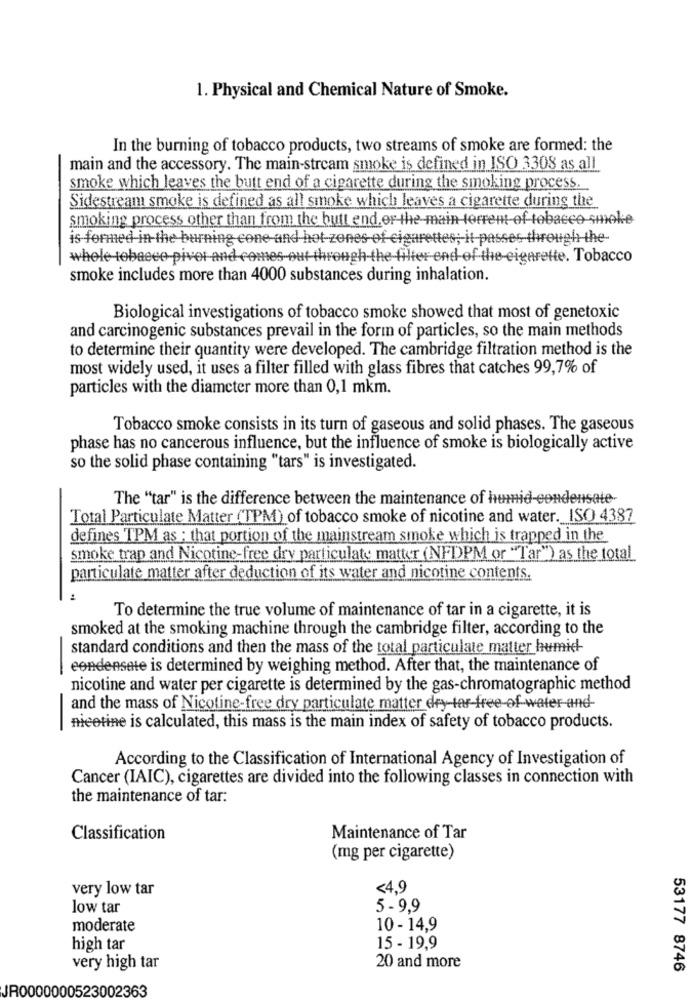
1. Physical and Chemical Nature of Smoke.
In the burning of tobacco products, two streams of smoke are formed: the
main and the accessory. The main-stream smoke is defined in ISO 3308 as all
smoke which leaves the butt end of a cigarette during the smoking process.
Sidestream smoke is defined as all smoke which leaves a cigarette during the
smoking process other than from the butt end, or the main torrent-of tobacco smoke
is formed in the burning cone and hot-zones of cigarettes; it passes through-the-
whole tobacco piver and comes out through the filter end of the-cigarette. Tobacco
smoke includes more than 4000 substances during inhalation.
Biological investigations of tobacco smoke showed that most of genetoxic
and carcinogenic substances prevail in the form of particles, so the main methods
to determine their quantity were developed. The cambridge filtration method is the
most widely used, it uses a filter filled with glass fibres that catches 99,7% of
particles with the diameter more than 0,1 mkm.
Tobacco smoke consists in its turn of gaseous and solid phases. The gaseous
phase has no cancerous influence, but the influence of smoke is biologically active
so the solid phase containing "tars" is investigated.
The "tar" is the difference between the maintenance of humid-condensate-
Total Particulate Matter (TPM) of tobacco smoke of nicotine and water. ISO 4387
defines TPM as : that portion of the mainstream smoke which is trapped in the
smoke trap and Nicotine-free dry particulate matter (NFDPM or "Tar") as the total
particulate matter after deduction of its water and nicotine contents.
To determine the true volume of maintenance of tar in a cigarette, it is
smoked at the smoking machine through the cambridge filter, according to the
standard conditions and then the mass of the total particulate matter humid
-
eondensete is determined by weighing method. After that, the maintenance of
nicotine and water per cigarette is determined by the gas-chromatographic method
and the mass of Nicotine-free dry particulate matter dry tar-free of water and
nicotine is calculated, this mass is the main index of safety of tobacco products.
According to the Classification of International Agency of Investigation of
Cancer (IAIC), cigarettes are divided into the following classes in connection with
the maintenance of tar:
Classification
Maintenance of Tar
(mg per cigarette)
very low tar
<4.9
low tar
5 - 9,9
moderate
10 - 14,9
high tar
15 - 19,9
very high tar
20 and more
53177 8746
JR0000000523002363